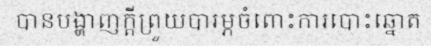
បានបង្ហាញក្តីព្រួយបារម្ភចំពោះការបោះឆ្នោត